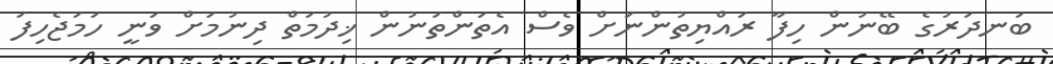
ބަނދަރުގެ ބޭނުން ހިފާ ރައްޔިތުންނަށް ވެސް އެތަންތަނުން ޚިދުމަތް ދިނުމަށް ވަނީ ހަމަޖެހިފަ